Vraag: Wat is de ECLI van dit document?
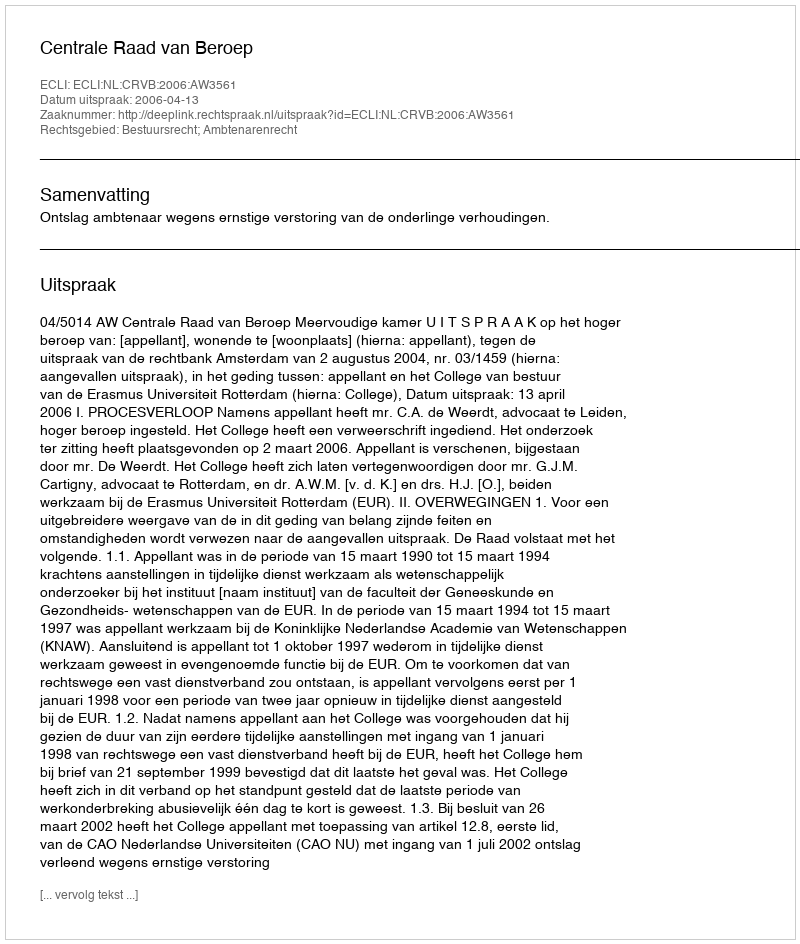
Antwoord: ECLI:NL:CRVB:2006:AW3561